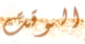
الوقت